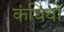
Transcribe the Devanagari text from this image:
कंघियों